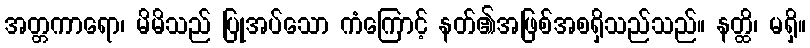
အတ္တကာရော၊ မိမိသည် ပြုအပ်သော ကံကြောင့် နတ်၏အဖြစ်အစရှိသည်သည်။ နတ္ထိ၊ မရှိ။